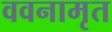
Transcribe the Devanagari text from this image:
ववनामृत